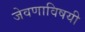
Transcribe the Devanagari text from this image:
जेवणाविषयी